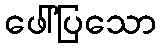
ဖေါ်ပြသော